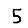
Digit: 5